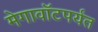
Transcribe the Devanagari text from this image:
मेगावॉटपर्यंत